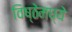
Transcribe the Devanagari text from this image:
विष्ठेमध्ये